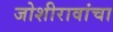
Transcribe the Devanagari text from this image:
जोशीरावांचा